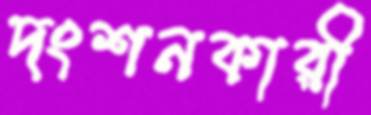
দংশনকারী